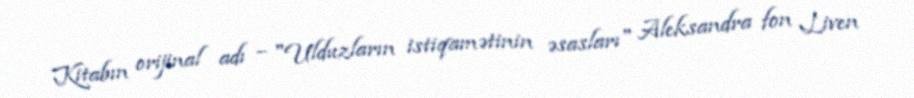
Kitabın orijinal adı – "Ulduzların istiqamətinin əsasları" Aleksandra fon Liven